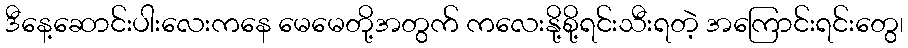
ဒီနေ့ဆောင်းပါးလေးကနေ မေမေတို့အတွက် ကလေးနို့စို့ရင်းသီးရတဲ့ အကြောင်းရင်းတွေ၊